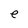
Character: e